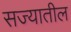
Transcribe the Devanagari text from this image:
सज्यातील